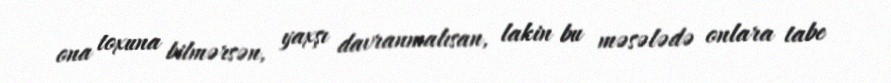
ona toxuna bilmərsən, yaxşı davranmalısan, lakin bu məsələdə onlara tabe